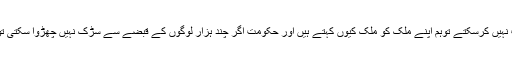
ہم اگر سڑکوں کی حرمت کی حفاظت نہیں کرسکتے توہم اپنے ملک کو ملک کیوں کہتے ہیں اور حکومت اگر چند ہزار لوگوں کے قبضے سے سڑک نہیں چھڑوا سکتی تو یہ خود کو حکومت کیوں کہتی ہے؟